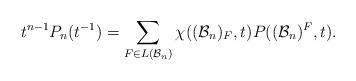
LaTeX: \begin{align*} t^{n-1}P_n(t^{-1}) = \sum \limits_{F\in L(\mathcal{B}_n)} \chi((\mathcal{B}_n)_F, t) P((\mathcal{B}_n)^F,t). \end{align*}